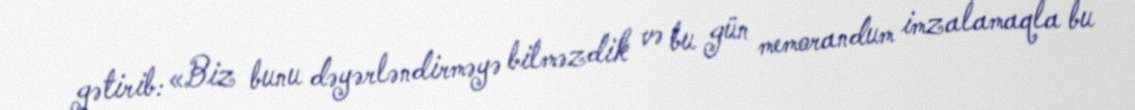
gətirib: «Biz bunu dəyərləndirməyə bilməzdik və bu gün memorandum imzalamaqla bu